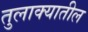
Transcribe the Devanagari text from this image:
तुलाक्यातील